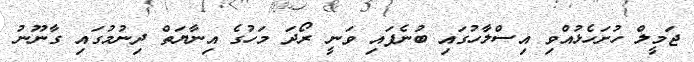
ޖަމީލް ހުށަހެޅުއްވި އިސްލާހުގައި ބުނެފައި ވަނީ ރޯދަ މަހުގެ އިނާޔަތް ދިނުމުގައި ގާނޫނު